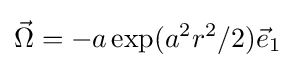
{\vec {\Omega }}=-a\exp(a^{2}r^{2}/2){\vec {e}}_{1}